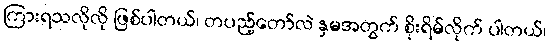
ကြားရသလိုလို ဖြစ်ပါတယ်၊ တပည့်တော်လဲ နှမအတွက် စိုးရိမ်လိုက် ပါတယ်၊